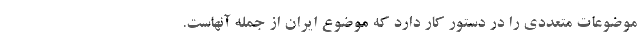
موضوعات متعددی را در دستور کار دارد که موضوع ایران از جمله آنهاست.